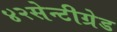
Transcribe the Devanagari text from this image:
४२सेन्टीग्रेड